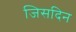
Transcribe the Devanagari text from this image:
जिसदिन